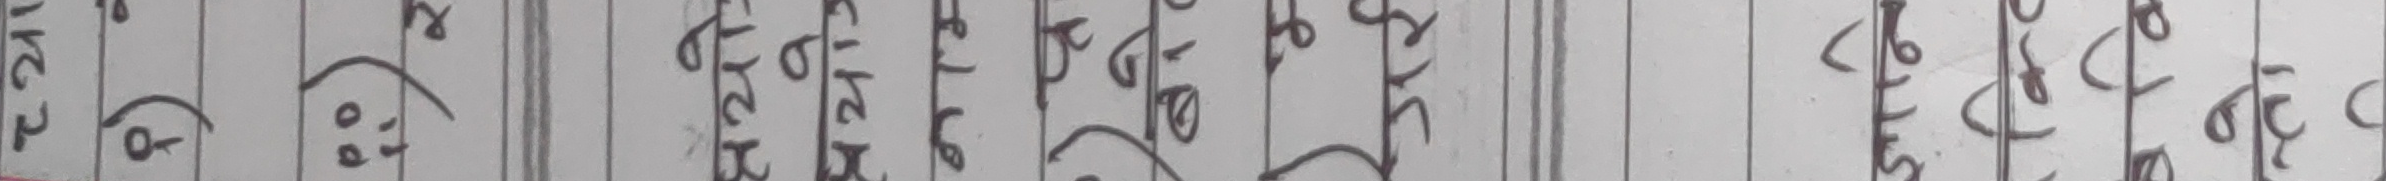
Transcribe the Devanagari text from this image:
आरू (७० )
क्रिकेट टिम
सेट
सेट
सेट